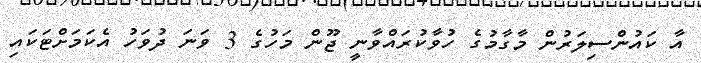
އާ ކައުންސިލަރުން މާގާމުގެ ހުވާކުރައްވާނީ ޖޫން މަހުގެ 3 ވަނަ ދުވަހު އެކަމަށްޓަކައި